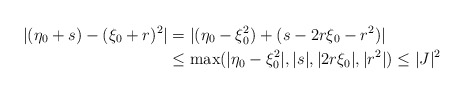
\begin{align*}|(\eta_0 + s) - (\xi_{0} + r)^{2}| &= |(\eta_{0} - \xi_{0}^{2}) + (s - 2r\xi_{0} - r^2)|\\& \leq \max(|\eta_{0} - \xi_{0}^{2}|, |s|, |2r\xi_{0}|, |r^2|) \leq |J|^2\end{align*}